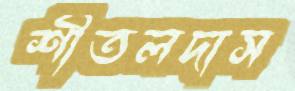
শীতলদাস